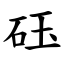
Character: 砡